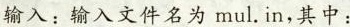
输入：输入文件名为mul.in，其中：